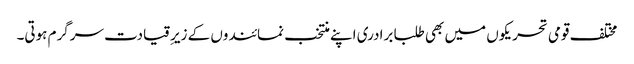
مختلف قومی تحریکوں میں بھی طلبا برادری اپنے منتخب نمائندوں کے زیرِقیادت سرگرم ہوتی۔